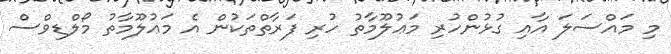
މި މައްސަލަ އާއި ގުޅުންހުރި މަޢުލޫމާތު ހުރި ފަރާތްތަކުން އެ މަޢުލޫމާތު މޯލްޑިވްސް